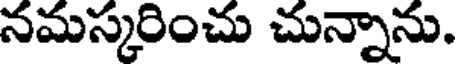
నమస్కరించు చున్నాను.